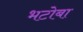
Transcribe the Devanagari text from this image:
भटोबा